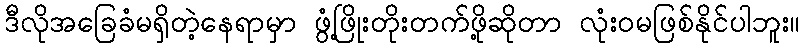
ဒီလိုအခြေခံမရှိတဲ့နေရာမှာ ဖွံ့ဖြိုးတိုးတက်ဖို့ဆိုတာ လုံးဝမဖြစ်နိုင်ပါဘူး။